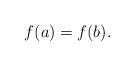
LaTeX: \begin{align*}f(a)=f(b).\end{align*}